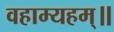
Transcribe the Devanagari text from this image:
वहाम्यहम्॥